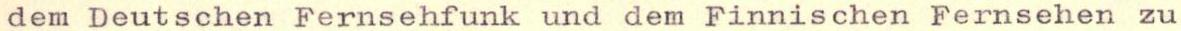
dem Deutschen Fernsehfunk und dem Finnischen Fernsehen zu